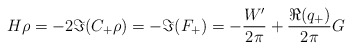
\begin{align*}H\rho=-2\Im(C_+\rho)=-\Im(F_+)=-\frac{W'}{2\pi}+\frac{\Re(q_+)}{2\pi}G\end{align*}